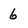
Character: 6